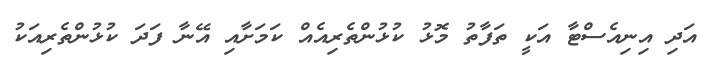
އަދި އިނިއެސްޓާ އަކީ ތަފާތު މޮޅު ކުޅުންތެރިއެއް ކަމަށާއި އޭނާ ފަދަ ކުޅުންތެރިއަކު